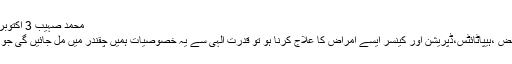
محمد صہیب 3 اکتوبر , 2018 3 اکتوبر , 2018 22:16
لاہور ( نیوز ڈیسک)دور حاضر میں قبض ،ہیپاٹائٹس،ڈپریشن اور کینسر ایسے امراض کا علاج کرنا ہو تو قدرت الٰہی سے یہ خصوصیات ہمیں چقندر میں مل جائیں گی جو معالجہ کی زبردست قوت رکھتی ہے۔